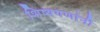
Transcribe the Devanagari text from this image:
शिष्यगणांनी